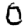
Digit: 0